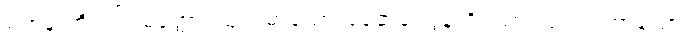
ရဟန်းတို့။ ပါပမိတ္တော၊ ယုတ်မာသောအဆွေခင်ပွန်းရှိသော။ ပါပသဟာယော၊